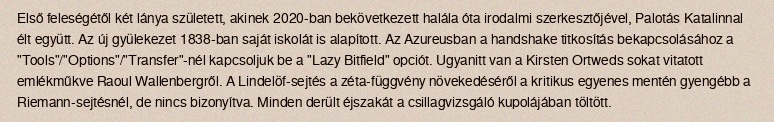
Első feleségétől két lánya született, akinek 2020-ban bekövetkezett halála óta irodalmi szerkesztőjével, Palotás Katalinnal élt együtt. Az új gyülekezet 1838-ban saját iskolát is alapított. Az Azureusban a handshake titkosítás bekapcsolásához a "Tools"/"Options"/"Transfer"-nél kapcsoljuk be a "Lazy Bitfield" opciót. Ugyanitt van a Kirsten Ortweds sokat vitatott emlékműkve Raoul Wallenbergről. A Lindelöf-sejtés a zéta-függvény növekedéséről a kritikus egyenes mentén gyengébb a Riemann-sejtésnél, de nincs bizonyítva. Minden derült éjszakát a csillagvizsgáló kupolájában töltött.